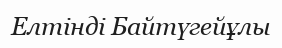
Елтінді Байтүгейұлы